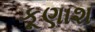
કૂણાશ